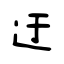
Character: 迂